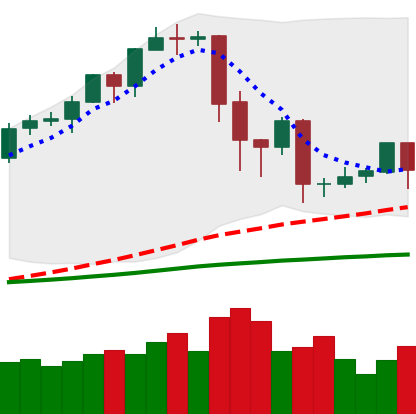
Ticker: EOS-USD
Chart end date: 2020-02-24
Forward return: -14.331%
Label: down_7plus